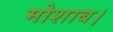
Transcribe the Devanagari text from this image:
मोशाब।